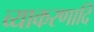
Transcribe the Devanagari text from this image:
व्याकरणादि